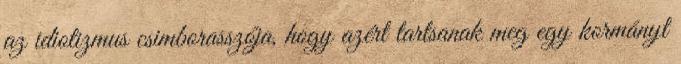
az idiotizmus csimborasszója, hogy azért tartsanak meg egy kormányt